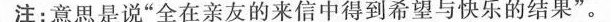
注：意思是说”全在亲友的来信中得到希望与快乐的结果”。